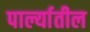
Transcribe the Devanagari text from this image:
पार्ल्यातील